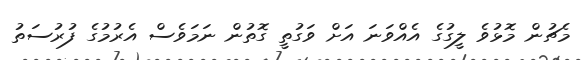
މެޗުން މޮޅުވެ ލީގުގެ އެއްވަނަ އަށް ވަގުތީ ގޮތުން ނަމަވެސް އެރުމުގެ ފުރުސަތު